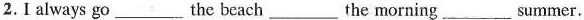
2.I always go ___the beach ___the morning___summer.